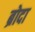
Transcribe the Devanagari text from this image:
ब्रोदा